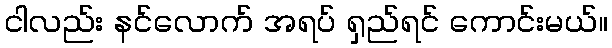
ငါလည်း နင်လောက် အရပ် ရှည်ရင် ကောင်းမယ်။